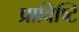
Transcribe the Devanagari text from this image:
प्राविष्टि